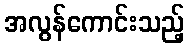
အလွန်ကောင်းသည့်